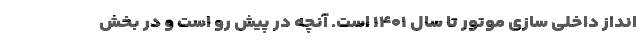
انداز داخلی سازی موتور تا سال ۱۴۰۱ است. آنچه در پیش رو است و در بخش